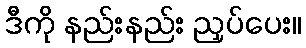
ဒီကို နည်းနည်း ညှပ်ပေး။